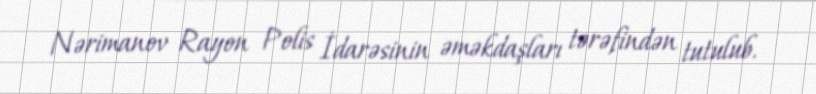
Nərimanov Rayon Polis İdarəsinin əməkdaşları tərəfindən tutulub.